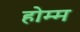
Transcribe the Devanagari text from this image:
होम्म